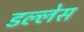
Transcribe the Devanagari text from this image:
डल्लेस